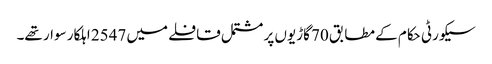
سیکورٹی حکام کے مطابق 70 گاڑیوں پر مشتمل قافلے میں 2547 اہلکار سوار تھے۔